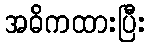
အဓိကထားပြီး